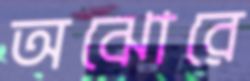
অঝোরে